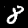
Digit: 8